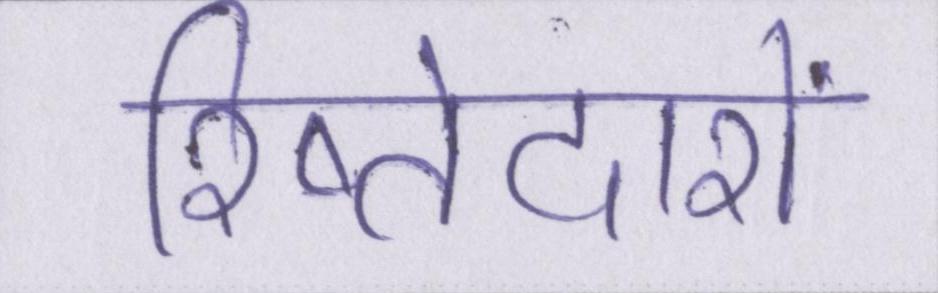
रिष्तेदारों